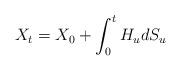
LaTeX: \begin{align*}X_t=X_0+\int_0^t H_u dS_u \end{align*}